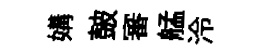
媾皷審艋泠